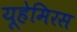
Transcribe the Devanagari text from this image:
यूहेमिरस